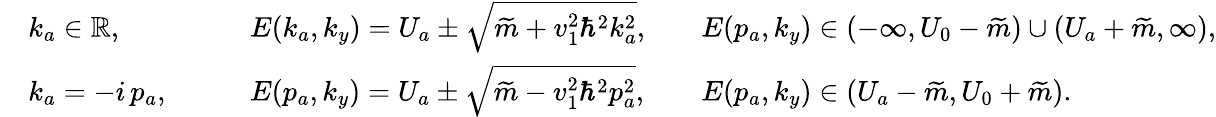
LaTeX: \begin{array}{rlrlrl}&{k_{a}\in\mathbb{R},\quad}&&{E(k_{a},k_{y})=U_{a}\pm\sqrt{\widetilde{m}+v_{1}^{2}\hbar^{2}k_{a}^{2}},}&&{E(p_{a},k_{y})\in(-\infty,U_{0}-\widetilde{m})\cup(U_{a}+\widetilde{m},\infty),}\\ &{k_{a}=-i\, p_{a},\quad}&&{E(p_{a},k_{y})=U_{a}\pm\sqrt{\widetilde{m}-v_{1}^{2}\hbar^{2}p_{a}^{2}},}&&{E(p_{a},k_{y})\in(U_{a}-\widetilde{m},U_{0}+\widetilde{m}).}\end{array}